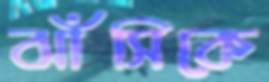
ঝাঁসিকে